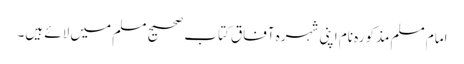
امام مسلم مذکورہ نام اپنی شہرہ آفاق کتاب صحیح مسلم میں لائے ہیں۔